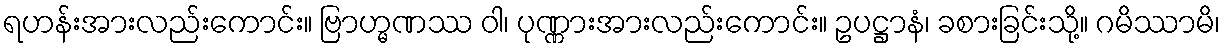
ရဟန်းအားလည်းကောင်း။ ဗြာဟ္မဏဿ ဝါ၊ ပုဏ္ဏားအားလည်းကောင်း။ ဥပဋ္ဌာနံ၊ ခစားခြင်းသို့။ ဂမိဿာမိ၊